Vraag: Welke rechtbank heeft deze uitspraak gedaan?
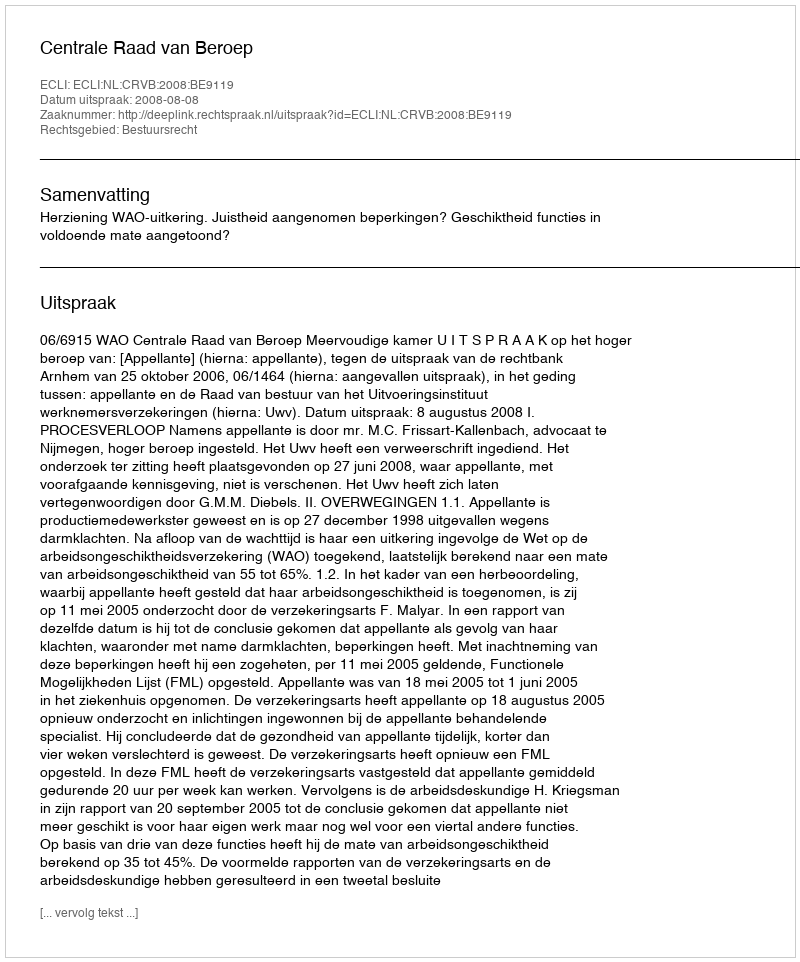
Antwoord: Centrale Raad van Beroep